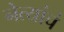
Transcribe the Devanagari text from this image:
नेत्यांचं